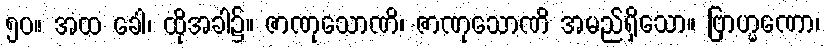
၅၀။ အထ ခေါ၊ ထိုအခါ၌။ ဇာဏုသောဏိ၊ ဇာဏုသောဏိ အမည်ရှိသော။ ဗြာဟ္မဏော၊